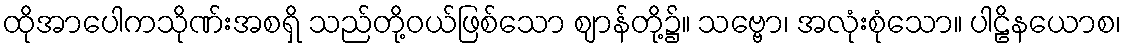
ထိုအာပေါကသိုဏ်းအစရှိ သည်တို့ဝယ်ဖြစ်သော ဈာန်တို့၌။ သဗ္ဗော၊ အလုံးစုံသော။ ပါဠိနယောစ၊